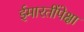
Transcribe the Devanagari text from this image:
ईमारतींपेक्षा